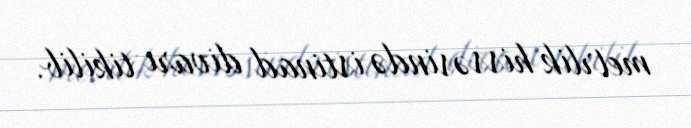
metrlik hissəsində istinad divarı tikilib.